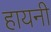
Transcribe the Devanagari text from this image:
हायनी